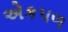
એકપળ